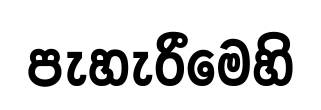
පැහැරීමෙහි